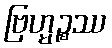
ဗြဟ္မဉ္စဿ